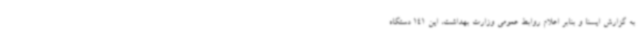
به گزارش ایسنا و بنابر اعلام روابط عمومی وزارت بهداشت، این 141 دستگاه